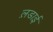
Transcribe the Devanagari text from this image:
ल़डाई